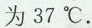
为37^{\circ}C.